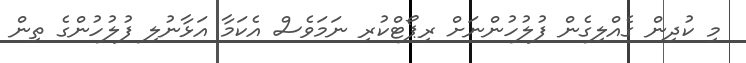
މި ކުދިން ގެއްލިގެން ފުލުހުންނަށް ރިޕޯޓްކުރި ނަމަވެސް އެކަމާ އަޅާނުލި ފުލުހުންގެ ތިން